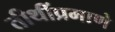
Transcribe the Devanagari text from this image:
तीथींप्रमाणे